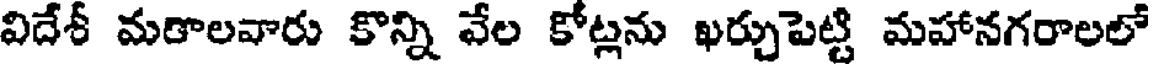
విదేశీ మరాలవారు కొన్ని వేల కోట్లను ఖర్చుపెట్టి మహానగరాలలో